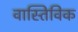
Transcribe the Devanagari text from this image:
वास्तिविक